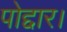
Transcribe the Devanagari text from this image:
पोद्दार।